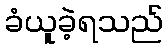
ခံယူခဲ့ရသည်